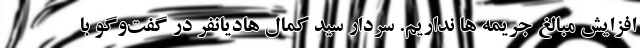
افزایش مبالغ جریمه ها نداریم. سردار سید کمال هادیانفر در گفت‌وگو با